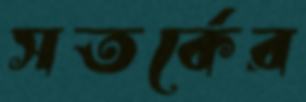
সতর্কের